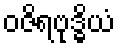
ဝဇိရဗုဒ္ဓိယံ